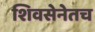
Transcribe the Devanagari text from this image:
शिवसेनेतच